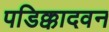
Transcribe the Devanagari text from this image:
पडिक्कादवन